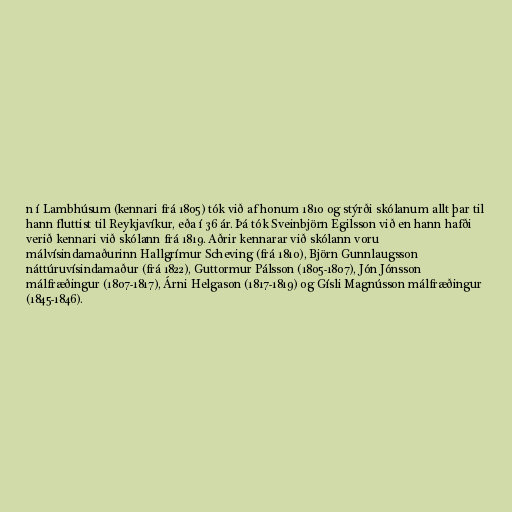
n í Lambhúsum (kennari frá 1805) tók við af honum 1810 og stýrði skólanum allt þar til
hann fluttist til Reykjavíkur, eða í 36 ár. Þá tók Sveinbjörn Egilsson við en hann hafði
verið kennari við skólann frá 1819. Aðrir kennarar við skólann voru
málvísindamaðurinn Hallgrímur Scheving (frá 1810), Björn Gunnlaugsson
náttúruvísindamaður (frá 1822), Guttormur Pálsson (1805-1807), Jón Jónsson
málfræðingur (1807-1817), Árni Helgason (1817-1819) og Gísli Magnússon málfræðingur
(1845-1846).